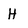
Character: H